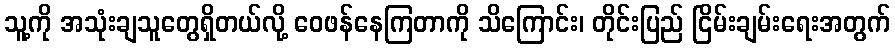
သူ့ကို အသုံးချသူတွေရှိတယ်လို့ ဝေဖန်နေကြတာကို သိကြောင်း၊ တိုင်းပြည် ငြိမ်းချမ်းရေးအတွက်